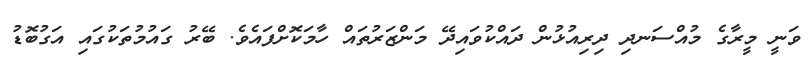
ވަނީ މީރާގެ މުއްސަނދި ދިރިއުޅުން ދައްކުވައިދޭ މަންޒަރުތައް ހާމަކޮށްފައެވެ. ބޭރު ގައުމުތަކުގައި އަގުބޮޑު